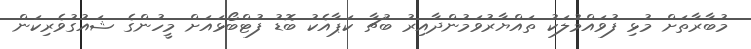
މުބާރާތަށް މުޅި ފުވައްމުލަކު ތައްޔާރުވަމުންދާއިރު ބުޗާ ކަޕާއެކު ބޮޑު ފުޓްބޯޅައަށް މީހުންގެ ޝައުގުވެރިކަން